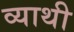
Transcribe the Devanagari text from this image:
व्याथी